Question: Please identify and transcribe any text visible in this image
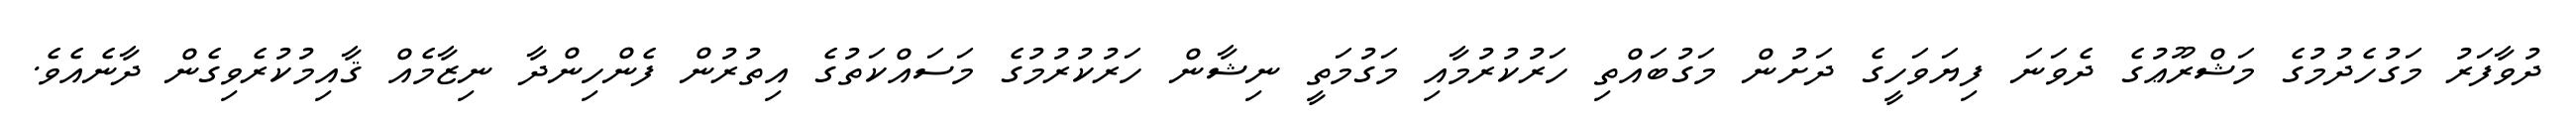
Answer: ދުވާފަރު މަގުހެދުމުގެ މަޝްރޫޢުގެ ދެވަނަ ފިޔަވަހީގެ ދަށުން މަގުބައްތި ހަރުކުރުމާއި މަގުމަތީ ނިޝާން ހަރުކުރުމުގެ މަސައްކަތުގެ އިތުރުން ފެންހިންދާ ނިޒާމެއް ޤާއިމުކުރެވިގެން ދާނެއެވެ.